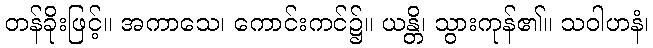
တန်ခိုးဖြင့်။ အကာသေ၊ ကောင်းကင်၌။ ယန္တိ၊ သွားကုန်၏။ သဝါဟနံ၊